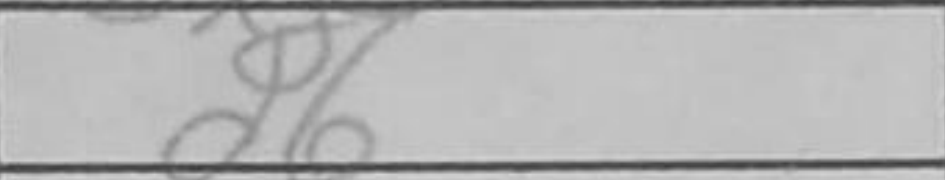
Transcription: d6